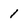
Character: 1